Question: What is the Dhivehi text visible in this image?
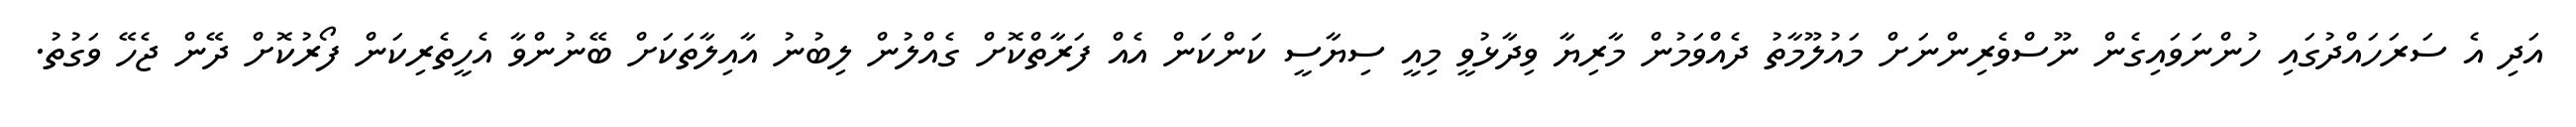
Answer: އަދި އެ ސަރަހައްދުގައި ހުންނަވައިގެން ނޫސްވެރިންނަށް މައުލޫމާތު ދެއްވަމުން މާރިޔާ ވިދާޅުވީ މިއީ ސިޔާސީ ކަންކަން އެއް ފަރާތްކޮށް ގެއްލުން ލިބުނު އާއިލާތަކަށް ބޭނުންވާ އެހީތެރިކަން ފޯރުކޮށް ދޭން ޖެހޭ ވަގުތު.